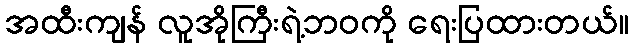
အထီးကျန် လူအိုကြီးရဲ့ဘဝကို ရေးပြထားတယ်။